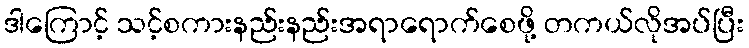
ဒါကြောင့် သင့်စကားနည်းနည်းအရာရောက်စေဖို့ တကယ်လိုအပ်ပြီး